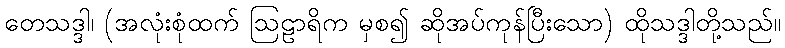
တေသဒ္ဒါ၊ (အလုံးစုံထက် ဩဠာရိက မှစ၍ ဆိုအပ်ကုန်ပြီးသော) ထိုသဒ္ဒါတို့သည်။